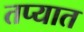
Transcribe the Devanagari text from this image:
तप्यात